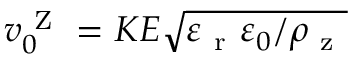
v _ { 0 } ^ { \mathrm { ~ Z ~ } } = K E \sqrt { \varepsilon _ { \mathrm { ~ r ~ } } \varepsilon _ { 0 } / \rho _ { \mathrm { ~ z ~ } } }